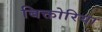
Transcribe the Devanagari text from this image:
बिक्तोरिया